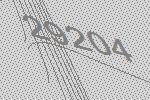
29204